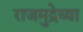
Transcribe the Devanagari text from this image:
राजमुद्रेच्या